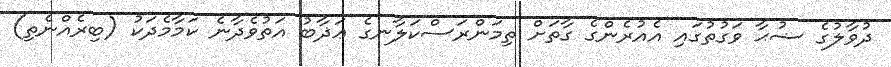
ދުވާލުގެ ޟުޙާ ވަގުތުގައި އެއުރެންގެ ގާތަށް ތިމަންރަސްކަލާނގެ ޢަޛާބު އަތުވެދާނެ ކަމާމެދަކު (ބިރެއްނެތި)